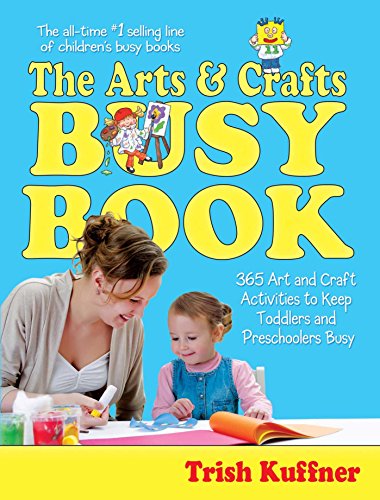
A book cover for Arts & Crafts Busy Book : 365 Activities; Trish Kuffner; Crafts, Hobbies & Home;